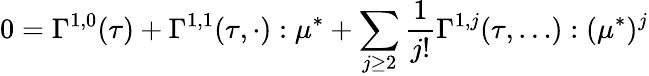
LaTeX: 0=\Gamma^{1,0}(\tau)+\Gamma^{1,1}(\tau,\cdot):\mu^{*}+\sum_{j\geq 2}\frac{1}{j!}\Gamma^{1,j}(\tau,\dots):(\mu^{*})^{j}